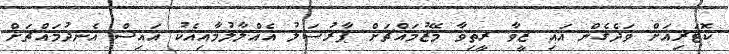
ކޮޓަރިއަށް ވަދެގެން އައި ޒީވާ ރީތިވާ މޭޒުމައްޗަށް ޕާރުސަލު އެއްލާލުމާއިއެކު އައިސް އެނދުމައްޗަށް